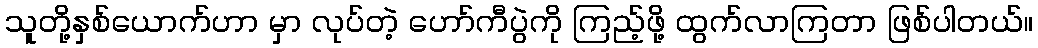
သူတို့နှစ်ယောက်ဟာ မှာ လုပ်တဲ့ ဟော်ကီပွဲကို ကြည့်ဖို့ ထွက်လာကြတာ ဖြစ်ပါတယ်။